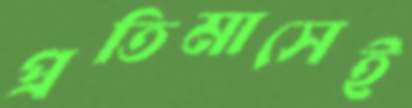
প্রতিমাসেই